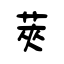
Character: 莢